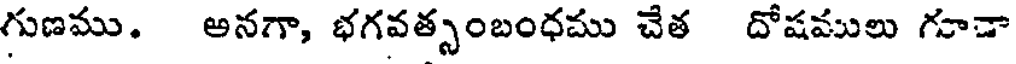
గుణము. అనగా, భగవత్సంబంధము చేత దోషములు గూడా